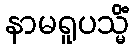
နာမရူပသ္မိံ